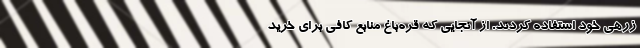
زرهی خود استفاده کردند. از آنجایی که قره‌باغ منابع کافی برای خرید